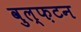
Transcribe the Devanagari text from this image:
वुल्फ़टन